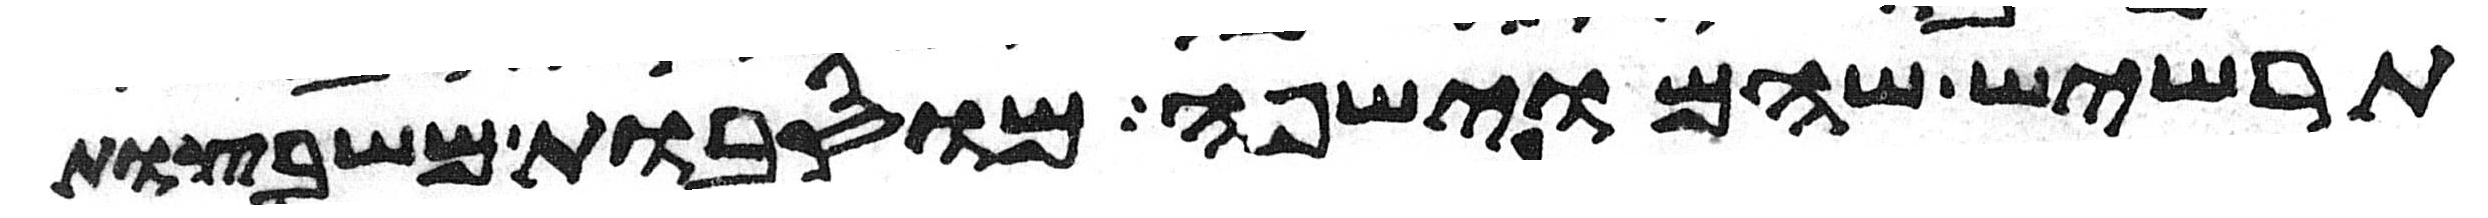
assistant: תרשיש שהם וישפה מוסבות משבצות